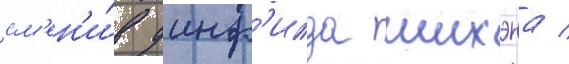
см'ен'и́в уинф'илда шихэна /